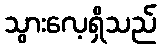
သွားလေ့ရှိသည်